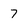
Character: 7